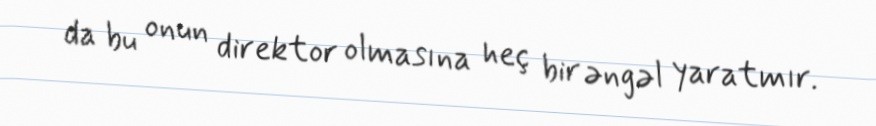
da bu onun direktor olmasına heç bir əngəl yaratmır.